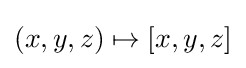
\left(x,y,z\right)\mapsto \left[x,y,z\right]